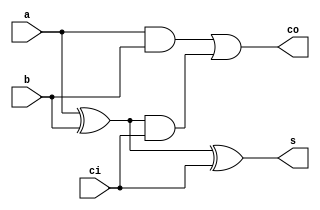
//Comparador (Forma Aritmtica)(Extra-02)
//Wadson Ferreira
//460631 
module S1(output s, output co, input ci,input a, input b);
	wire xora,anda,andb;
	xor X1(xora,a,b);
	and A1(anda,a,b);
	xor X2(s,xora,ci);
	and A2(andb,xora,ci);
	or  O1(co,anda,andb);
endmodule

//sinal[2:0] => [2] sinal de a, [1] sinal de b, [0] sinal de s
module SomaSub(output[2:0] s, output co, output over, output flag, output[2:0] sinal, input ci, input[2:0] a, input[2:0] b);
	wire co0,co1;
	wire xora, xorb, xorc;
	xor X1(xora,ci,b[0]);
	xor X2(xorb,ci,b[1]);
	xor X3(xorc,ci,b[2]);
	S1 SA(s[0],co0,ci,a[0],xora);
	S1 SB(s[1],co1,co0,a[1],xorb);
	S1 SC(s[2],co,co1,a[2],xorc);
	//verificaao do over
	wire anda, andb, nota, notb, notc;
	not N1(nota, ci);
	not N2(notb, a[2]);
	not N3(notc, b[2]);
	and A1(anda,nota,notb,notc,s[2]);
	and A2(andb,notb,ci,b[2],s[2]);
	or  O1(over,anda,andb);
	//identificao do sinal
	assign sinal[2] = a[2];
	assign sinal[1] = b[2];
	assign sinal[0] = s[2];
	//zero flag
	nor (flag,s[2],s[1],s[0]);
endmodule

module comparador(output s1, output s2, output s3, input[2:0] a, input[2:0] b);
	wire[2:0] sinal;
	wire zero;
	wire[2:0] resposta;
	SomaSub SS(resposta,co,over,zero,sinal,1'b1,a,b);
	wire notA, notB, notS, notFlag;
	not N1(notA,sinal[2]);
	not N2(notB,sinal[1]);
	not N3(notC,sinal[0]);
	not N4(notFlag,zero);
	wire anda,andb,andc,andd,ande,andf;
	and A1(anda,notA,notB,notC,notFlag);
	and A2(andb,notA,notB,sinal[0]);
	and A3(andc,sinal[2],sinal[1],sinal[0]);
	and A4(andd,sinal[2],sinal[1],notC,notFlag);
	and A5(ande,sinal[2],notB);
	and A6(andf,sinal[1],notA);
	wire org,orh;
	or O1(org,anda,andd,andf);
	or O2(orh,andb,andc,ande);
	assign s1 = org;
	assign s2 = zero;
	assign s3 = orh;
endmodule

//100 para A>B
//010 para A=B
//001 para A<B

module teste;
	wire s1,s2,s3;
	reg[2:0] entradaA,entradaB;
	comparador C(s1,s2,s3,entradaA,entradaB);
	initial begin
		#1 entradaA=3'b100; entradaB=3'b000;
		#1 $display("Comparador\n(100)A>B, (010)A=B, (001)A<B");
		   $monitor("A=%3b B=%3b S=%b%b%b",entradaA,entradaB,s1,s2,s3);
		#1 entradaA=3'b100; entradaB=3'b100;
		#1 entradaA=3'b011; entradaB=3'b100;
		#1 entradaA=3'b111; entradaB=3'b110;
		#1 entradaA=3'b110; entradaB=3'b111;
		#1 entradaA=3'b000; entradaB=3'b111;
		#1 entradaA=3'b101; entradaB=3'b101;
		#1 entradaA=3'b001; entradaB=3'b001;
		#1 entradaA=3'b100; entradaB=3'b111;
	end
endmodule